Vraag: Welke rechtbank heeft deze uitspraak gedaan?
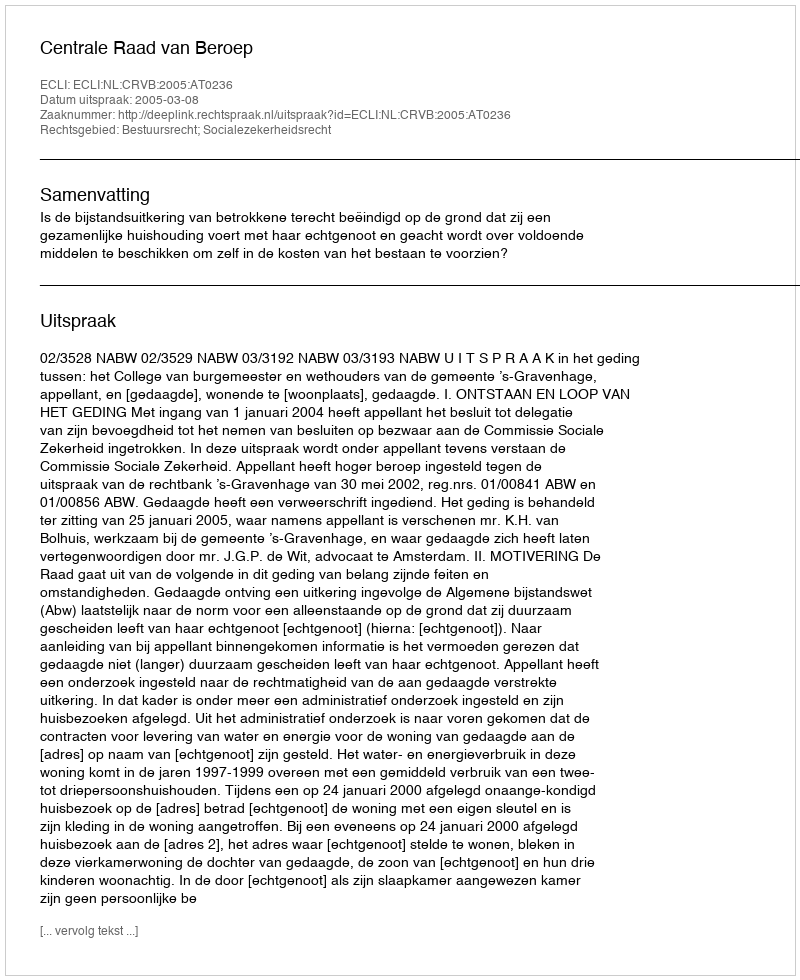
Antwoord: Centrale Raad van Beroep